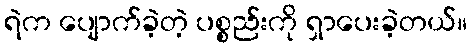
ရဲက ပျောက်ခဲ့တဲ့ ပစ္စည်းကို ရှာပေးခဲ့တယ်။